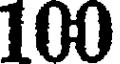
100